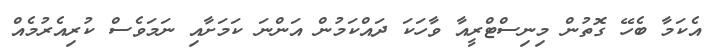
އެކަމާ ބެހޭ ގޮތުން މިނިސްޓްރީއާ ވާހަކަ ދައްކަމުން އަންނަ ކަމަށާއި ނަމަވެސް ކުރިއެރުމެއް